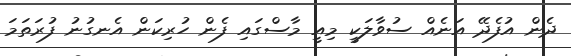
ދެން އުފެދޭ އަނެއް ސުވާލަކީ މިއީ މާސްގައި ފެން ހުރިކަން އެނގުނު ފުރަތަމަ